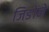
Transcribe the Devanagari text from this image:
जिङोंने